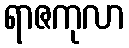
ရာဇကုလာ